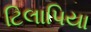
ટિલાપિયા